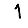
Digit: 1